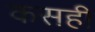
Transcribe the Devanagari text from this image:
कसही